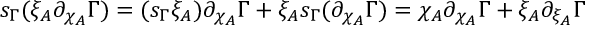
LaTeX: s _ { \Gamma } ( \xi _ { A } \partial _ { \chi _ { A } } \Gamma ) = ( s _ { \Gamma } \xi _ { A } ) \partial _ { \chi _ { A } } \Gamma + \xi _ { A } s _ { \Gamma } ( \partial _ { \chi _ { A } } \Gamma ) = \chi _ { A } \partial _ { \chi _ { A } } \Gamma + \xi _ { A } \partial _ { \xi _ { A } } \Gamma